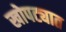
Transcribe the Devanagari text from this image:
खोपट्यात